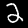
Label: 2